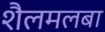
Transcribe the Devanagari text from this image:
शैलमलबा